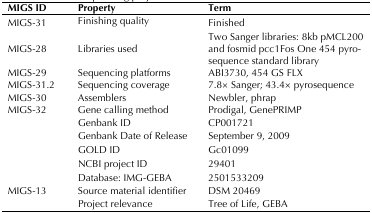
| MIGS ID | Property | Term |
 | --- | --- | --- |
 | MIGS-31 | Finishing quality | Finished |
 | MIGS-28 | Libraries used | Two Sanger libraries: 8kb pMCL200 and fosmid pcc1FosOne 454 pyrosequence standard library |
 | MIGS-29 | Sequencing platforms | ABI3730, 454 GS FLX |
 | MIGS-31.2 | Sequencing coverage | 7.8× Sanger; 43.4× pyrosequence |
 | MIGS-30 | Assemblers | Newbler, phrap |
 | MIGS-32 | Gene calling method | Prodigal, GenePRIMP |
 |  | Genbank ID | CP001721 |
 |  | Genbank Date of Release | September 9, 2009 |
 |  | GOLD ID | Gc01099 |
 |  | NCBI project ID | 29401 |
 |  | Database: IMG-GEBA | 2501533209 |
 | MIGS-13 | Source material identifier | DSM 20469 |
 |  | Project relevance | Tree of Life, GEBA |